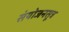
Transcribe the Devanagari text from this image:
संयोजनसूत्र